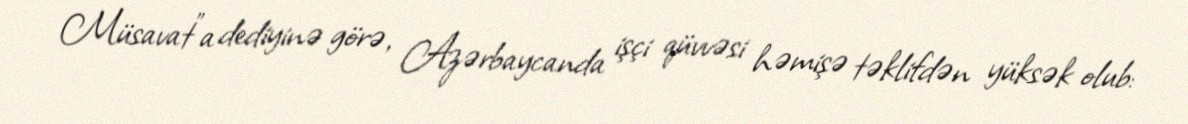
Müsavat”a dediyinə görə, Azərbaycanda işçi qüvvəsi həmişə təklifdən yüksək olub: